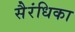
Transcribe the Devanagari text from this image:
सैरंधिका